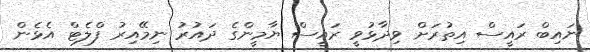
ނައިބް ރައީސް އިތުރަށް ވިދާޅުވީ ރައީސް ޔާމީންގެ ދައުރު ނިމޭއިރު ފްލެޓް އެޅެން